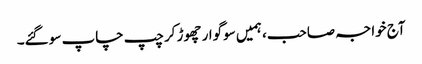
آج خواجہ صاحب، ہمیں سوگوار چھوڑ کر چپ چاپ سو گئے۔